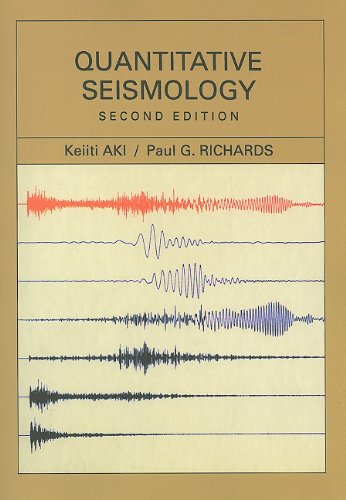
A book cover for Quantitative Seismology; Keiiti Aki; Science & Math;